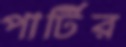
পার্টির